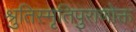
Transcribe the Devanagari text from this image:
श्रुतिस्मृतिपुराणोक्त